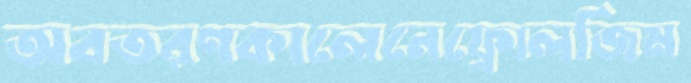
অবতরণকালেনেফ্রোলজিম